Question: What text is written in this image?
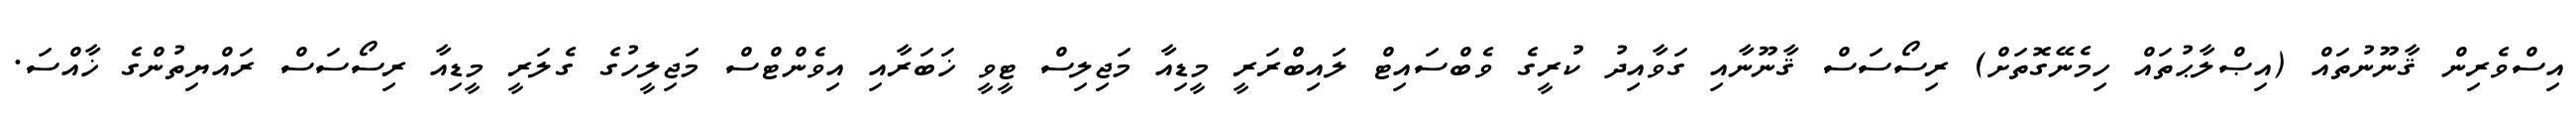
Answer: އިސްވެރިން ޤާނޫނުތައް (އިޞްލާޙުތައް ހިމެނޭގޮތަށް) ރިސޯސަސް ޤާނޫނާއި ގަވާއިދު ކުރީގެ ވެބްސައިޓް ލައިބްރަރީ މީޑިއާ މަޖިލިސް ޓީވީ ޚަބަރާއި އިވެންޓްސް މަޖިލީހުގެ ގެލަރީ މީޑިއާ ރިސޯސަސް ރައްޔިތުންގެ ޚާއްސަ.